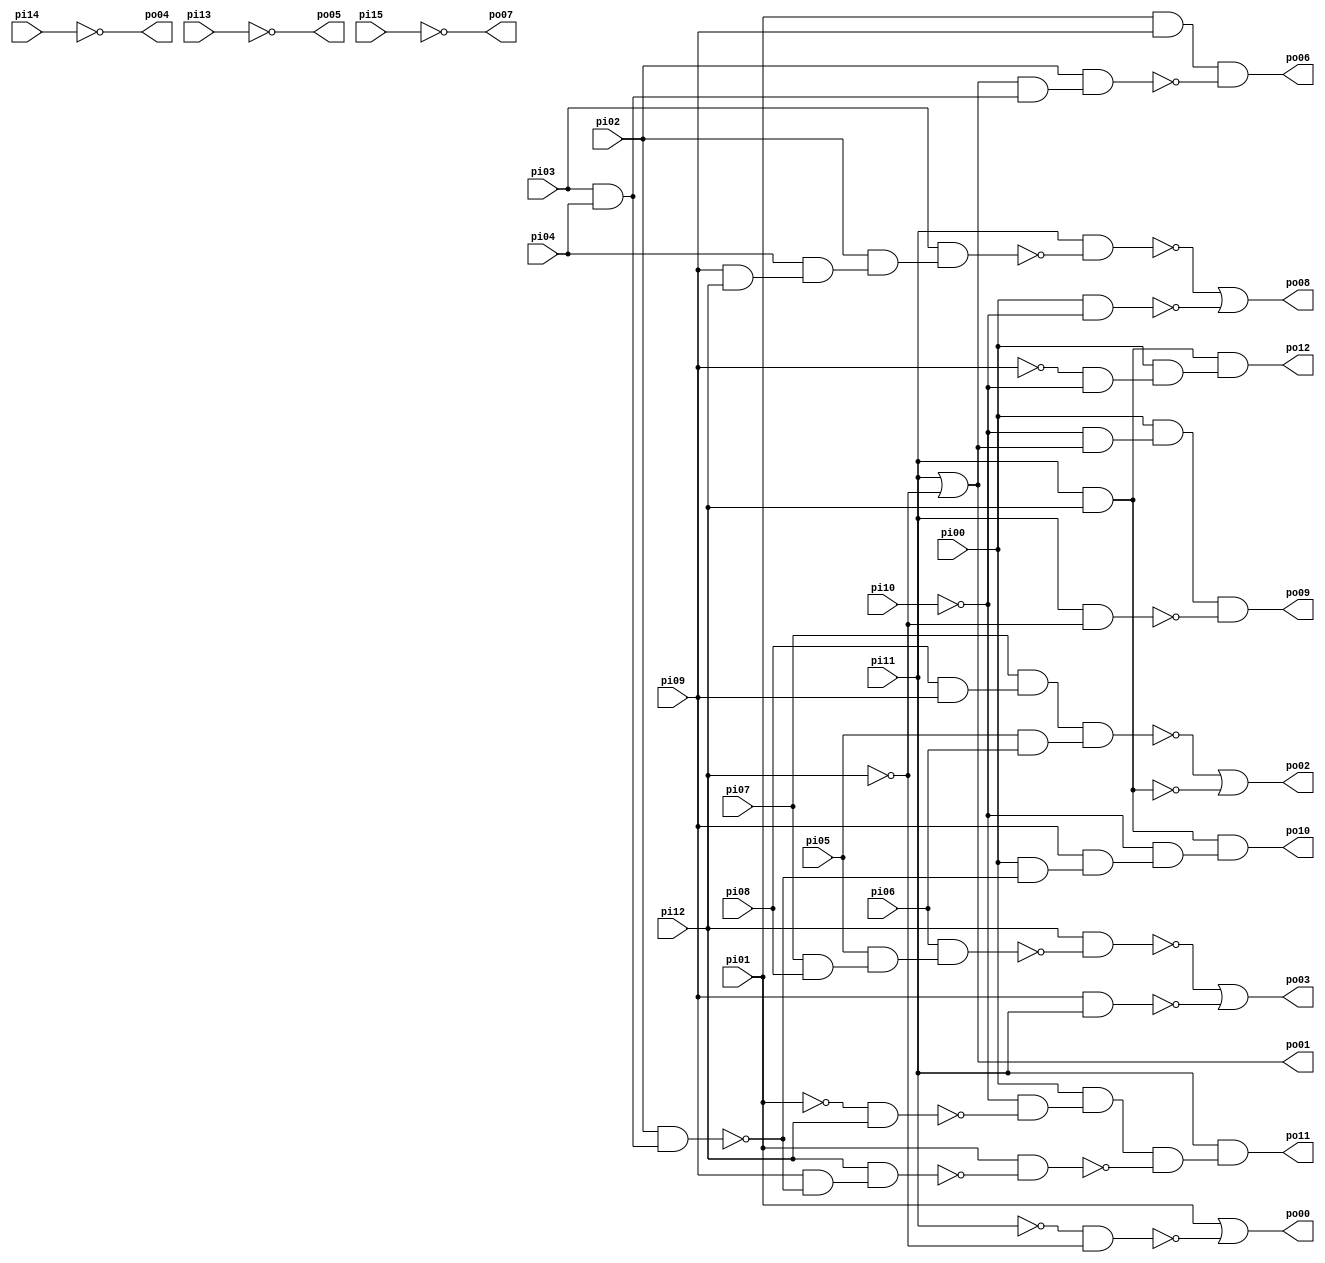
// Benchmark "pm1" written by ABC on Sun Apr 22 21:43:11 2018

module pm1 ( 
    pi00, pi01, pi02, pi03, pi04, pi05, pi06, pi07, pi08, pi09, pi10, pi11,
    pi12, pi13, pi14, pi15,
    po00, po01, po02, po03, po04, po05, po06, po07, po08, po09, po10, po11,
    po12  );
  input  pi00, pi01, pi02, pi03, pi04, pi05, pi06, pi07, pi08, pi09,
    pi10, pi11, pi12, pi13, pi14, pi15;
  output po00, po01, po02, po03, po04, po05, po06, po07, po08, po09, po10,
    po11, po12;
  wire n30, n33, n34, n35, n36, n37, n39, n40, n41, n42, n43, n45, n46, n47,
    n48, n50, n51, n52, n53, n54, n55, n57, n58, n59, n61, n62, n63, n64,
    n66, n67, n68, n69, n70, n71, n72, n74, n75;
  assign n30 = ~pi11 & ~pi12;
  assign po00 = pi01 | ~n30;
  assign po01 = pi11 | ~pi12;
  assign n33 = pi08 & pi09;
  assign n34 = pi07 & n33;
  assign n35 = pi05 & pi06;
  assign n36 = n34 & n35;
  assign n37 = pi11 & pi12;
  assign po02 = ~n36 | ~n37;
  assign n39 = pi07 & pi08;
  assign n40 = pi05 & n39;
  assign n41 = pi06 & n40;
  assign n42 = pi12 & ~n41;
  assign n43 = pi09 & pi11;
  assign po03 = ~n42 | ~n43;
  assign n45 = pi03 & pi04;
  assign n46 = pi01 & pi09;
  assign n47 = po01 & n45;
  assign n48 = pi02 & n47;
  assign po06 = n46 & ~n48;
  assign n50 = pi09 & pi12;
  assign n51 = pi04 & n50;
  assign n52 = pi02 & n51;
  assign n53 = pi03 & n52;
  assign n54 = pi11 & ~n53;
  assign n55 = pi00 & ~pi10;
  assign po08 = ~n54 | ~n55;
  assign n57 = ~pi10 & po01;
  assign n58 = pi00 & n57;
  assign n59 = pi11 & ~pi12;
  assign po09 = n58 & ~n59;
  assign n61 = pi02 & n45;
  assign n62 = pi00 & ~n61;
  assign n63 = pi09 & n62;
  assign n64 = ~pi10 & n63;
  assign po10 = n37 & n64;
  assign n66 = pi09 & ~n61;
  assign n67 = pi12 & n66;
  assign n68 = ~pi01 & pi12;
  assign n69 = ~pi10 & ~n68;
  assign n70 = pi00 & n69;
  assign n71 = pi01 & ~n67;
  assign n72 = n70 & ~n71;
  assign po11 = pi11 & n72;
  assign n74 = ~pi09 & ~pi10;
  assign n75 = pi00 & n74;
  assign po12 = n37 & n75;
  assign po04 = ~pi14;
  assign po05 = ~pi13;
  assign po07 = ~pi15;
endmodule